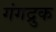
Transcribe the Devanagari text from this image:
गंगद्रुक